system: You are a helpful assistant.
user:
Analyze the provided spectrum to determine if it is a **White Dwarf (WD)**.

A White Dwarf spectrum is defined by its **extreme purity** (due to gravitational settling) and/or **extreme pressure broadening** (due to high surface gravity). You must check for one of the following mutually exclusive signatures:

- **Key Visual Indicators (Check for ONE of these types):**

    - **1. DA-Type Signature (Most Common):**
        - **(Primary Feature):** Extreme pressure broadening (Stark broadening) of the **Hydrogen (H) Balmer lines**.
        - **(Key Lines):** $H\beta$ (approx. $4861$ Å) and $H\gamma$ (approx. $4340$ Å). $H\alpha$ (approx. $6563$ Å) will also be present if the wavelength range covers it.
        - **(Line Profile):** This is the **defining feature**. The lines are **NOT** sharp. They appear as massive, **extremely broad and deep "troughs" or "dips"** in the spectrum, often hundreds of Ångströms wide. The continuum will appear to "scoop" down at these wavelengths.
        - **(Distinction):** Normal A-type or B-type stars have *narrow* and *sharp* Hydrogen lines. A DA White Dwarf's lines are unmistakably "smeared" or "blurry" from pressure.

    - **2. DB-Type Signature:**
        - **(Primary Feature):** Broad absorption lines from **Neutral Helium (He I)**. The spectrum must lack any visible Hydrogen lines.
        - **(Key Lines):** Look for broad absorption near $4471$ Å, $4921$ Å, and $5876$ Å.
        - **(Line Profile):** These lines are also significantly pressure-broadened, appearing much wider than they would in a normal B-type main-sequence star.

    - **3. DC-Type Signature:**
        - **(Primary Feature):** A **featureless continuous spectrum**.
        - **(Line Profile):** The spectrum is a smooth curve with **no significant absorption or emission lines**.
        - **(Key Confirmation):** The continuum is almost always **blue or white**, indicating a hot object. This signature implies the atmosphere is so pure (or so cool) that no spectral lines are visible in the optical range. Its WD identity is confirmed by its extremely low intrinsic brightness (high absolute magnitude).

    - **4. DZ-Type Signature (Metal-Polluted):**
        - **(Primary Feature):** **Isolated, narrow metal absorption lines** on an otherwise featureless (DC-like) continuum.
        - **(Key Lines):** The **Calcium (Ca II) H & K doublet** (approx. **$3934$ Å** and **$3968$ Å**) is the most common and defining feature.
        - **(Line Profile):** These lines are "out of place." They are *not* part of a "forest" of thousands of lines. This signature is evidence of recent *accretion* (pollution) from rocky debris.
        - **(Distinction):** Normal G/K/M stars have a *dense forest* of thousands of metal lines. A DZ has a *clean* continuum with *only a few* strong metal lines.

    - **5. DQ-Type Signature (Carbon-Polluted):**
        - **(Primary Feature):** Absorption bands from **Carbon (C₂ "Swan Bands" or atomic C I)**.
        - **(Key Lines - C₂):** Look for bandheads with a "saw-tooth" shape near $5635$ Å, **$5165$ Å** (strongest), and $4737$ Å.
        - **(Key Confirmation):** The underlying **continuum must be blue or white** (hot).
        - **(Distinction):** This is the critical difference from a **Carbon Star**, which has the *exact same* C₂ bands but on an extremely **red, cool** continuum.

- **(Overall Spectrum):**
    - The continuum (overall shape) is typically **blue-sloping** (brighter in the blue than the red), as most white dwarfs are very hot.
    - The spectrum will look "pure" or "simple," dominated by only *one* of the five signatures listed above.

Think first, call **spectral_visualization_tool** if needed to examine features in detail, then provide your final answer. Your response must adhere to the following strict rules:
1.  **Overall Structure:** Your response must follow the format `<think>...</think> <tool_call>...</tool_call> (if a tool is used) <answer>...</answer>`.
2.  **Tool Usage Constraint:** You may only make **one** tool call per turn.
3.  **Final Answer Format:** In the `<answer>` tag, your conclusion must be inside a `\boxed{}` command (e.g., `\boxed{YES}` or `\boxed{NO}`), followed by your justification.

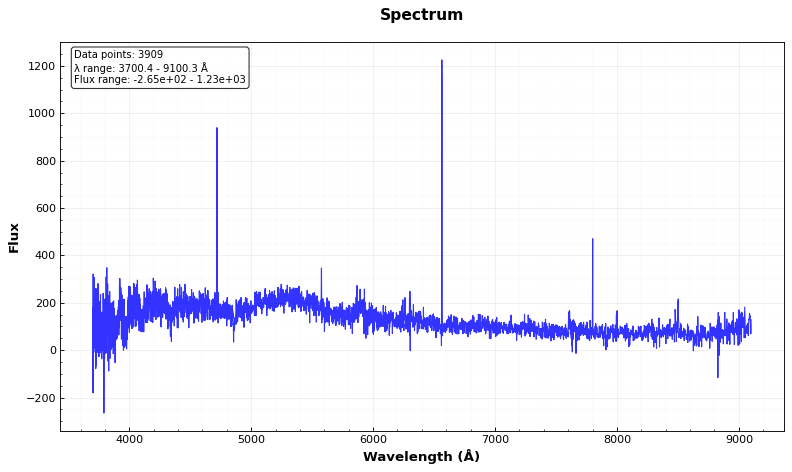
Answer: YES